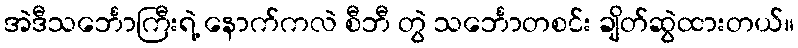
အဲဒီသင်္ဘောကြီးရဲ့ နောက်ကလဲ စီဘီ တွဲ သင်္ဘောတစင်း ချိတ်ဆွဲထားတယ်။